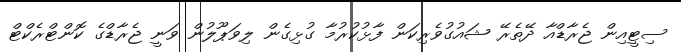
ސިޓީއިން ޖެރާޑްއާ ދޭތެރޭ ޝައުގުވެރިކަން ފާޅުކުރުމާ ގުޅިގެން ލިވަޕޫލުން ވަނީ ޖެރާޑްގެ ކޮންޓްރެކްޓް